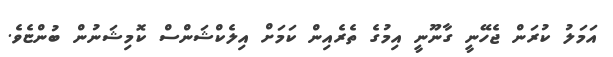
އަމަލު ކުރަން ޖެހޭނީ ގާނޫނީ އިމުގެ ތެރެއިން ކަމަށް އިލެކްޝަންސް ކޮމިޝަނުން ބުންޏެވެ.